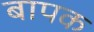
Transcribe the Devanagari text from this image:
बापक